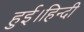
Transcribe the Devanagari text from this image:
हुई।हिन्दी